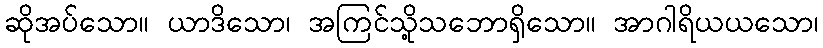
ဆိုအပ်သော။ ယာဒိသော၊ အကြင်သို့သဘောရှိသော။ အာဂါရိယယသော၊